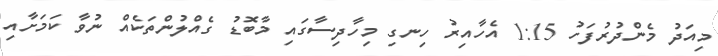
މިއަދު މެންދުރުފަހު 1:15 އެހާއިރު ހިނގި މިހާދިސާގައި މާބޮޑު ގެއްލުންތަކެއް ނުވާ ކަަމަށާއި